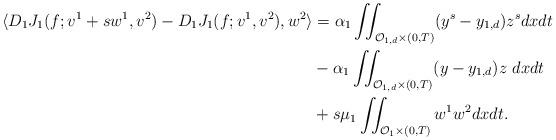
LaTeX: \begin{align*}\langle D_1 J_1(f;v^1+sw^1,v^2)- D_1 J_1(f;v^1,v^2),w^2 \rangle &= \alpha_1 \iint_{\mathcal{O}_{1,d} \times (0,T)} (y^s-y_{1,d}) z^s dxdt \\&- \alpha_1 \iint_{\mathcal{O}_{1,d} \times (0,T)} (y-y_{1,d})z\ dxdt \\ &+ s \mu_1 \iint_{\mathcal{O}_1 \times (0,T)} w^1 w^2 dxdt.\end{align*}